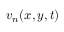
v _ { n } ( x , y , t )